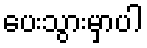
ပေးသွားမှာပါ